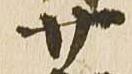
廿